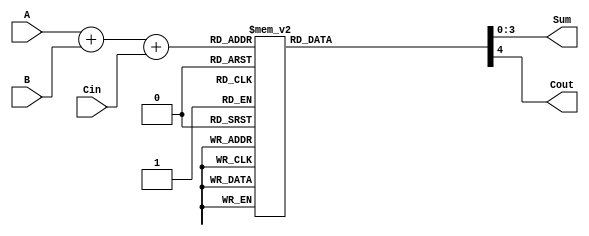
module BCD_LUT_Adder (
    input  wire [3:0] A,     // First BCD digit
    input  wire [3:0] B,     // Second BCD digit
    input  wire Cin,         // Carry-in
    output reg  [3:0] Sum,   // BCD Sum output
    output reg  Cout         // Carry-out
);

    // Internal wire for the binary sum
    wire [4:0] S; // 5 bits to accommodate carry
    assign S = A + B + Cin; // Calculate the binary sum

    // LUT for BCD correction
    always @(*) begin
        case (S)
            5'd0:  {Cout, Sum} = 5'b00000; // 0 -> 0000, Cout=0
            5'd1:  {Cout, Sum} = 5'b00001; // 1 -> 0001, Cout=0
            5'd2:  {Cout, Sum} = 5'b00010; // 2 -> 0010, Cout=0
            5'd3:  {Cout, Sum} = 5'b00011; // 3 -> 0011, Cout=0
            5'd4:  {Cout, Sum} = 5'b00100; // 4 -> 0100, Cout=0
            5'd5:  {Cout, Sum} = 5'b00101; // 5 -> 0101, Cout=0
            5'd6:  {Cout, Sum} = 5'b00110; // 6 -> 0110, Cout=0
            5'd7:  {Cout, Sum} = 5'b00111; // 7 -> 0111, Cout=0
            5'd8:  {Cout, Sum} = 5'b01000; // 8 -> 1000, Cout=0
            5'd9:  {Cout, Sum} = 5'b01001; // 9 -> 1001, Cout=0
            5'd10: {Cout, Sum} = 5'b10000; // 10 -> 0000, Cout=1
            5'd11: {Cout, Sum} = 5'b10001; // 11 -> 0001, Cout=1
            5'd12: {Cout, Sum} = 5'b10010; // 12 -> 0010, Cout=1
            5'd13: {Cout, Sum} = 5'b10011; // 13 -> 0011, Cout=1
            5'd14: {Cout, Sum} = 5'b10100; // 14 -> 0100, Cout=1
            5'd15: {Cout, Sum} = 5'b10101; // 15 -> 0101, Cout=1
            5'd16: {Cout, Sum} = 5'b10110; // 16 -> 0110, Cout=1
            5'd17: {Cout, Sum} = 5'b10111; // 17 -> 0111, Cout=1
            5'd18: {Cout, Sum} = 5'b11000; // 18 -> 1000, Cout=1
            5'd19: {Cout, Sum} = 5'b11001; // 19 -> 1001, Cout=1
            default: {Cout, Sum} = 5'b00000; // Default case (should not occur)
        endcase
    end

endmodule